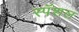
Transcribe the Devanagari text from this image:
स्पॅशल